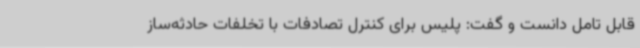
قابل تامل دانست و گفت: پلیس برای کنترل تصادفات با تخلفات حادثه‌ساز